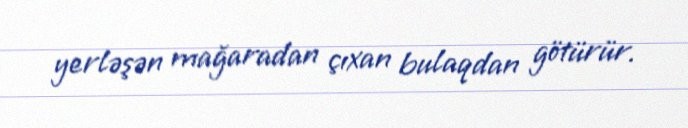
yerləşən mağaradan çıxan bulaqdan götürür.